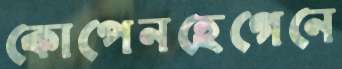
কোপেনহেগেনে